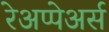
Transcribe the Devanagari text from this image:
रेअप्पेअर्स